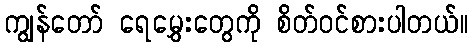
ကျွန်တော် ရေမွှေးတွေကို စိတ်ဝင်စားပါတယ်။